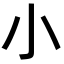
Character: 小